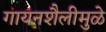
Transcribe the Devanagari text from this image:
गायनशैलीमुळे